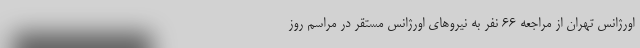
اورژانس تهران از مراجعه ۶۶ نفر به نیروهای اورژانس مستقر در مراسم روز